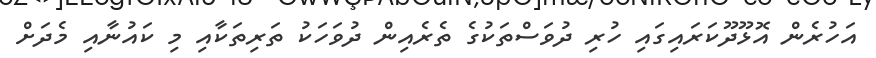
އަހުރެން އޮޅޫދޫކަރައިގައި ހުރި ދުވަސްތަކުގެ ތެރެއިން ދުވަހަކު ތަރިތަކާއި މި ކައުނާއި މެދަށް